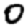
Digit: 0